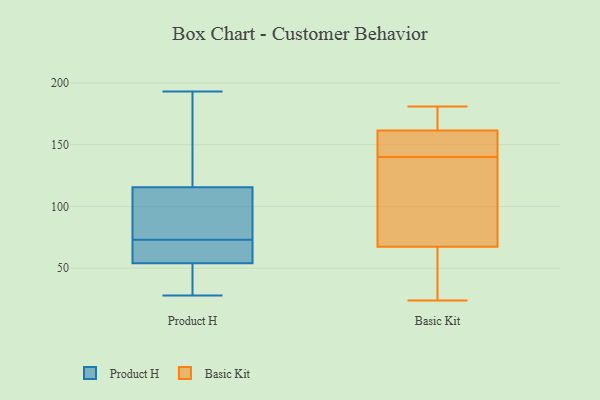
{"axis": {"x": "Production Output", "y": "Value"}, "legend": ["Basic Kit", "Product H"], "data": [{"x": "", "y": 72, "type": "Product H"}, {"x": "", "y": 73, "type": "Product H"}, {"x": "", "y": 193, "type": "Product H"}, {"x": "", "y": 191, "type": "Product H"}, {"x": "", "y": 103, "type": "Product H"}, {"x": "", "y": 64, "type": "Product H"}, {"x": "", "y": 28, "type": "Product H"}, {"x": "", "y": 35, "type": "Product H"}, {"x": "", "y": 120, "type": "Product H"}, {"x": "", "y": 94, "type": "Product H"}, {"x": "", "y": 114, "type": "Product H"}, {"x": "", "y": 58, "type": "Product H"}, {"x": "", "y": 42, "type": "Product H"}, {"x": "", "y": 181, "type": "Basic Kit"}, {"x": "", "y": 153, "type": "Basic Kit"}, {"x": "", "y": 109, "type": "Basic Kit"}, {"x": "", "y": 65, "type": "Basic Kit"}, {"x": "", "y": 156, "type": "Basic Kit"}, {"x": "", "y": 149, "type": "Basic Kit"}, {"x": "", "y": 36, "type": "Basic Kit"}, {"x": "", "y": 156, "type": "Basic Kit"}, {"x": "", "y": 70, "type": "Basic Kit"}, {"x": "", "y": 171, "type": "Basic Kit"}, {"x": "", "y": 24, "type": "Basic Kit"}, {"x": "", "y": 167, "type": "Basic Kit"}, {"x": "", "y": 79, "type": "Basic Kit"}, {"x": "", "y": 59, "type": "Basic Kit"}, {"x": "", "y": 170, "type": "Basic Kit"}, {"x": "", "y": 131, "type": "Basic Kit"}, {"x": "", "y": 149, "type": "Basic Kit"}, {"x": "", "y": 91, "type": "Basic Kit"}, {"x": "", "y": 168, "type": "Basic Kit"}, {"x": "", "y": 46, "type": "Basic Kit"}]}